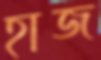
হাজ